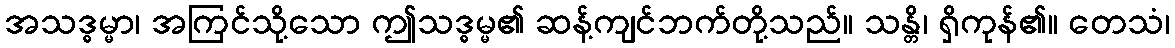
အသဒ္ဓမ္မာ၊ အကြင်သို့သော ဤသဒ္ဓမ္မ၏ ဆန့်ကျင်ဘက်တို့သည်။ သန္တိ၊ ရှိကုန်၏။ တေသံ၊